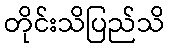
တိုင်းသိပြည်သိ